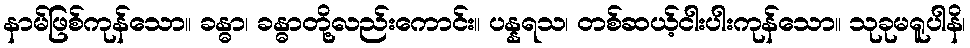
နာမ်ဖြစ်ကုန်သော။ ခန္ဓာ၊ ခန္ဓာတို့လည်းကောင်း။ ပန္နရသ၊ တစ်ဆယ့်ငါးပါးကုန်သော။ သုခုမရူပါနိ၊